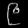
Digit: ၉